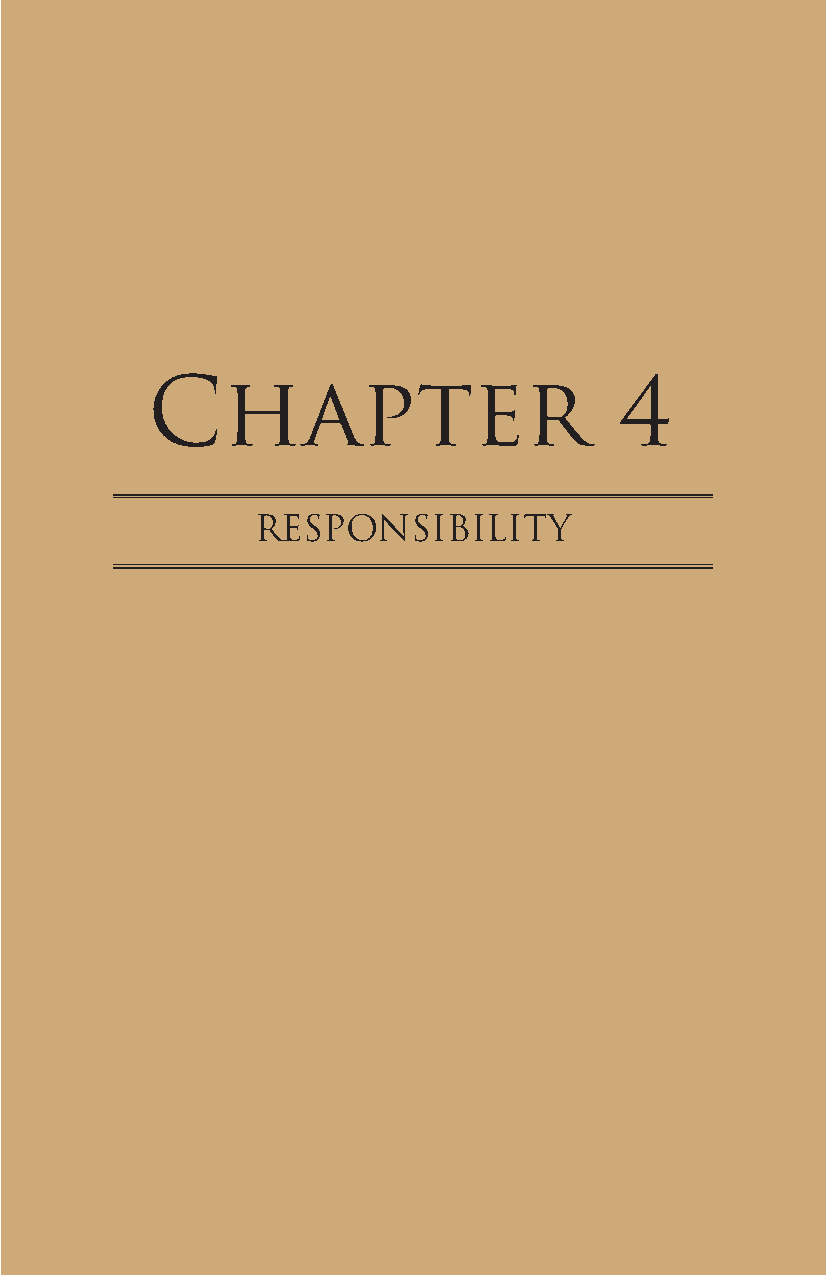
Chapter                        4
 ResPonsiBility